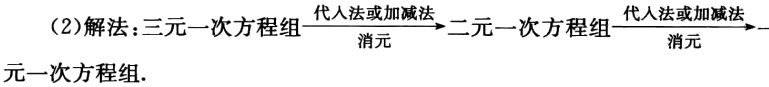
(2)解法：三元一次方程组$\xrightarrow[\text{消元}]{\text{代入法或加减法}}$二元一次方程组$\xrightarrow[\text{消元}]{\text{代入法或加减法}}$一元一次方程组.